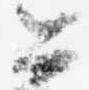
公